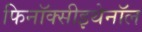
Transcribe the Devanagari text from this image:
फिनॉक्सीइथेनॉल